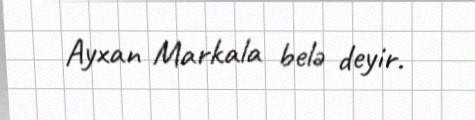
Ayxan Markala belə deyir.